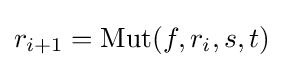
r_{i+1}=\operatorname {Mut} (f,r_{i},s,t)